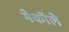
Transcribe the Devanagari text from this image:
मेकॉले